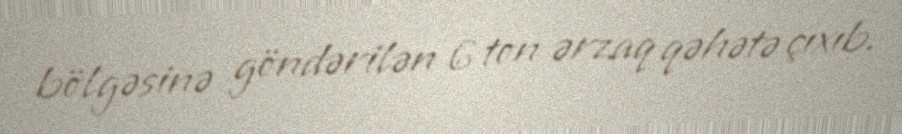
bölgəsinə göndərilən 6 ton ərzaq qəhətə çıxıb.